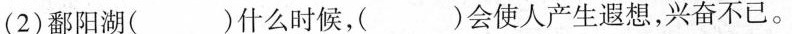
(2)鄱阳湖()什么时候，()会使人产生遐想，兴奋不已。